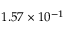
1 . 5 7 \times 1 0 ^ { - 1 }